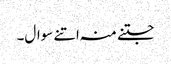
جتنے منہ اتنے سوال۔